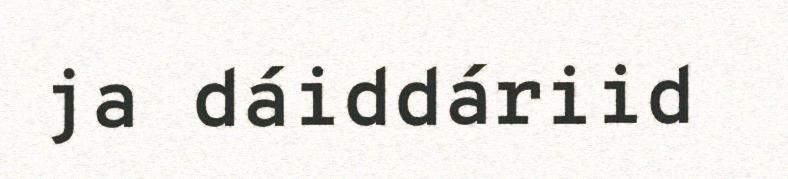
ja dáiddáriid